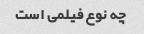
چه نوع فیلمی است